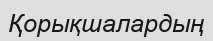
Қорықшалардың